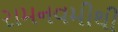
રામનવમીથી